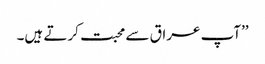
’’آپ عراق سے محبت کرتے ہیں۔